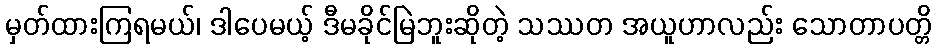
မှတ်ထားကြရမယ်၊ ဒါပေမယ့် ဒီမခိုင်မြဲဘူးဆိုတဲ့ သဿတ အယူဟာလည်း သောတာပတ္တိ